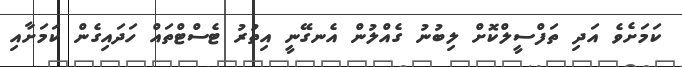
ކަމަށެވެ އަދި ތަފްސީލްކޮށް ލިބުނު ގެއްލުން އެނގޭނީ އިތުރު ޓެސްޓްތައް ހަދައިގެން ކަމަށާއި